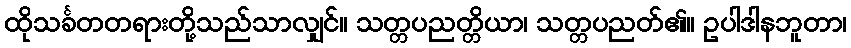
ထိုသင်္ခတတရားတို့သည်သာလျှင်။ သတ္တပညတ္တိယာ၊ သတ္တပညတ်၏။ ဥပါဒါနဘူတာ၊